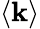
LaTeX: \left<\mathbf{k}\right>